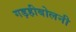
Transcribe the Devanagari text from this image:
गड़हीबोलनी